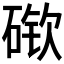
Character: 𰧎